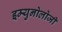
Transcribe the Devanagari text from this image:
इम्युनोलोजी